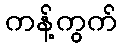
ကန့်ကွက်